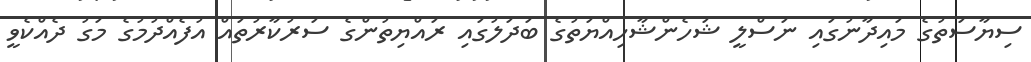
ސިޔާސަތުގެ މައިދާނުގައި ނަސްލީ ޝަހެންޝާހިއްޔަތުގެ ބަދަލުގައި ރައްޔިތުންގެ ސަރުކާރުތައް އުފެއްދުމުގެ މަގު ދެއްކެވީ